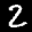
Label: 2